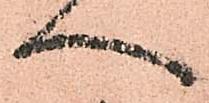
へ